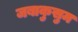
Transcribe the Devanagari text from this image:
जबाकुसुम